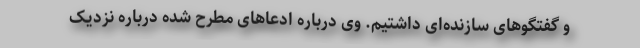
و گفتگوهای سازنده‌ای داشتیم. وی درباره ادعاهای مطرح شده درباره نزدیک